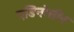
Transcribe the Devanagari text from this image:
एडिनोसीन